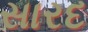
સારદ